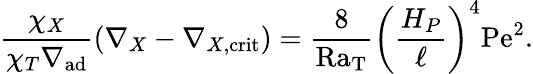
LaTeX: {\frac{\chi_{X}}{\chi_{T}\nabla_{\mathrm{ad}}}}(\nabla_{X}-\nabla_{X,\mathrm{crit}})={\frac{8}{\mathrm{Ra_{T}}}}\left({\frac{H_{P}}{\ell}}\right)^{4}\mathrm{Pe}^{2}.